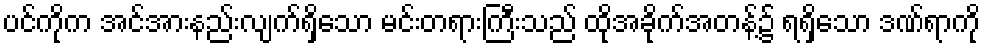
ပင်ကိုက အင်အားနည်းလျက်ရှိသော မင်းတရားကြီးသည် ထိုအခိုက်အတန့်၌ ရရှိသော ဒဏ်ရာကို